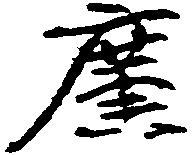
広